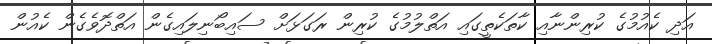
އަދި ކެއުމުގެ ކުރިންނާއި ކާތަކެތީގައި އަތްލުމުގެ ކުރިން ރަގަޅަށް ސައިބޯނިލައިގެން އަތްދޮވެގެން ކެއުން